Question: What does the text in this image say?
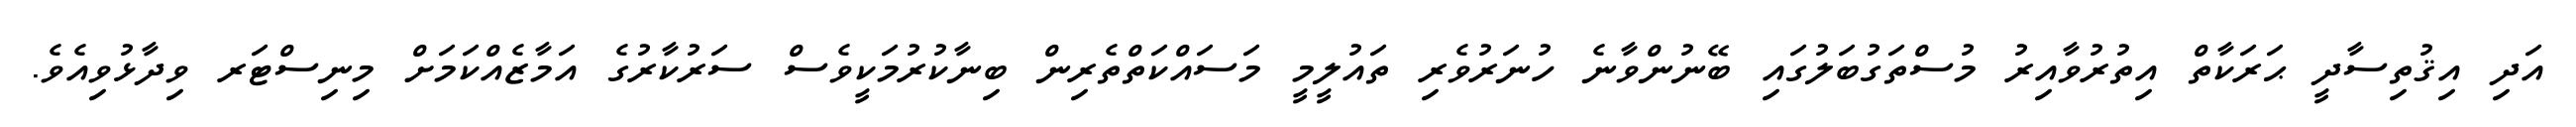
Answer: އަދި އިޤުތިސާދީ ޙަރަކާތް އިތުރުވާއިރު މުސްތަގުބަލުގައި ބޭނުންވާނެ ހުނަރުވެރި ތައުލީމީ މަސައްކަތްތެރިން ބިނާކުރުމަކީވެސް ސަރުކާރުގެ އަމާޒެއްކަމަށް މިނިސްޓަރ ވިދާޅުވިއެވެ.